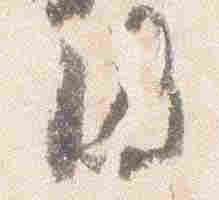
円